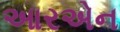
આરએન